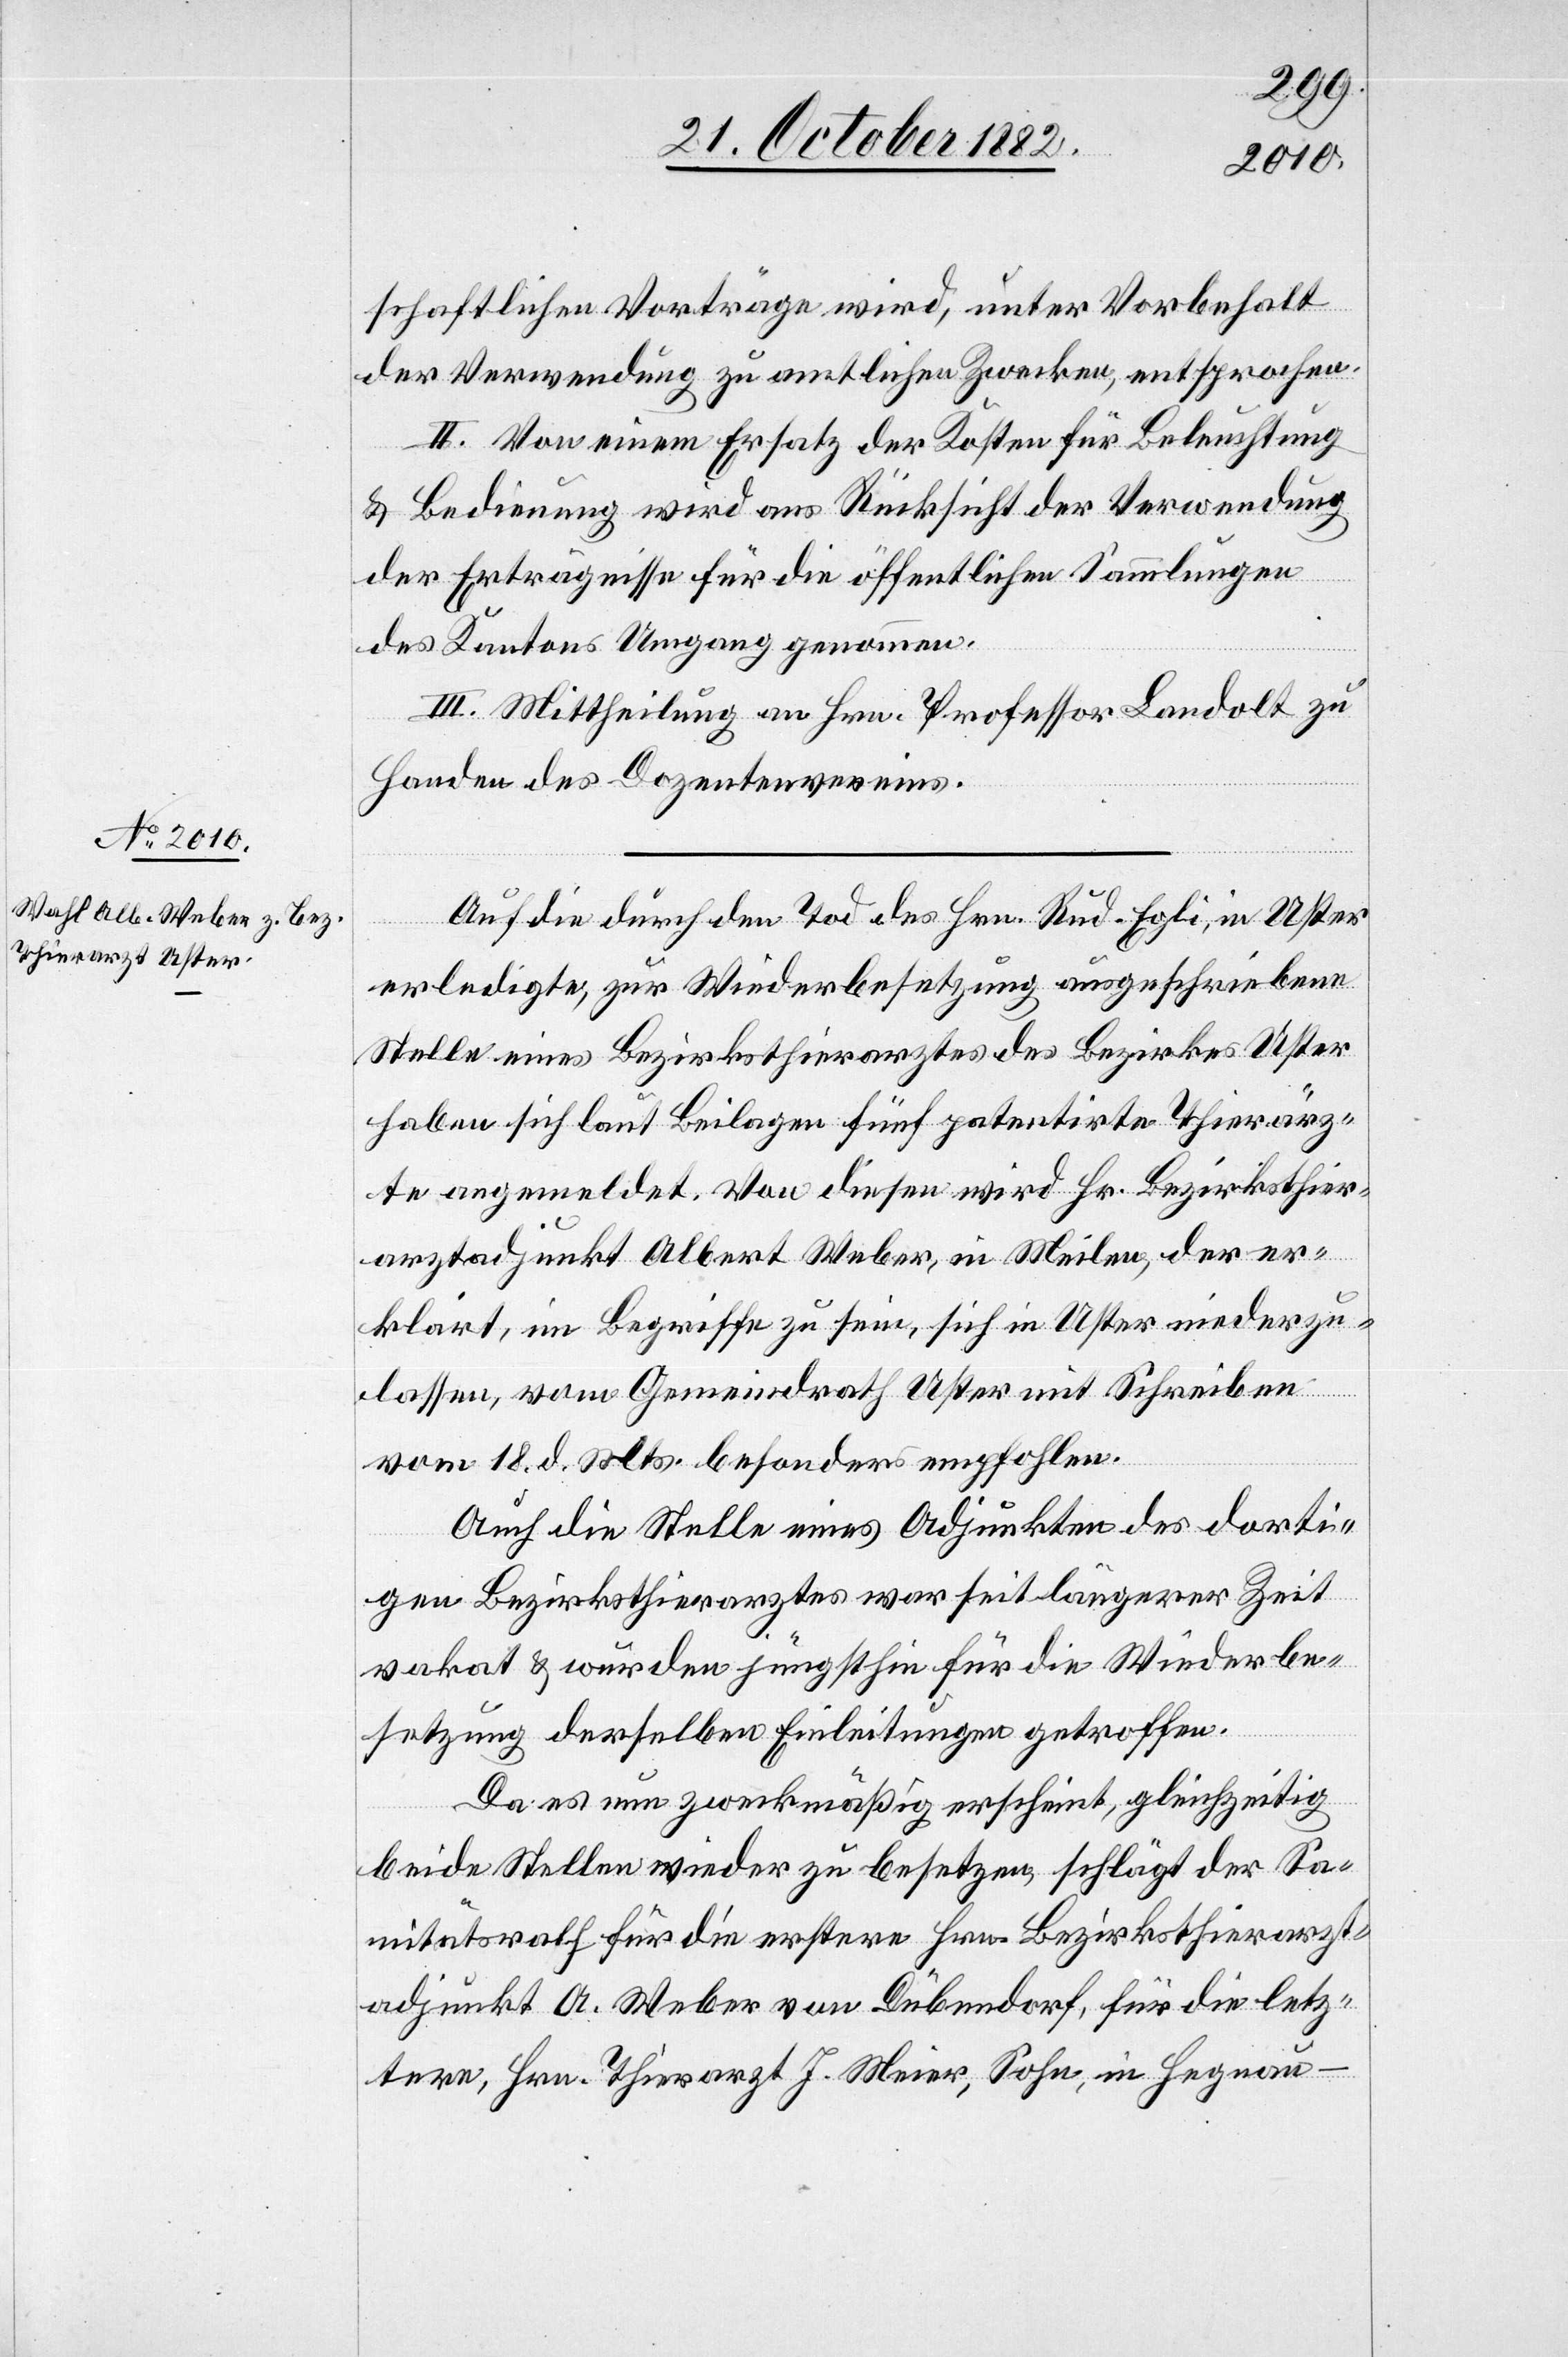
schaftlichen Vorträge wird, unter Vorbehalt
der Verwendung zu amtlichen Zwecken, entsprochen.
II. Von einem Ersatz der Kosten für Beleuchtung
& Bedienung wird aus Rücksicht der Verwendung
der Erträgnisse für die öffentlichen Sammlungen
des Kantons Umgang genommen.
III. Mittheilung an Hrn. Professor Landolt zu
Handen des Dozentenvereins.
Auf die durch den Tod des Hrn. Rud. Egli, in Uster
erledigte, zur Wiederbesetzung ausgeschriebene
Stelle eines Bezirksthierarztes des Bezirkes Uster
haben sich laut Beilagen fünf patentirte Thierärz¬
te angemeldet. Von diesen wird Hr. Bezirksthier¬
arztadjunkt Albert Weber, in Meilen, der er¬
klärt, im Begriffe zu sein, sich in Uster niederzu¬
lassen, vom Gemeindrath Uster mit Schreiben
vom 18. d. Mts. besonders empfohlen.
Auch die Stelle eines Adjunkten des dorti¬
gen Bezirksthierarztes war seit längerer Zeit
vakant & würden jüngsthin für die Wiederbe¬
setzung derselben Einleitungen getroffen.
Da es nun zweckmäßig erscheint, gleichzeitig
beide Stellen wieder zu besetzen, schlägt der Sa¬
nitätsrath für die erstere Hrn. Bezirksthierarzt¬
adjunkt A: Weber von Dübendorf, für die letz¬
tere, Hrn. Thierarzt J. Meier, Sohn, in Hegnau